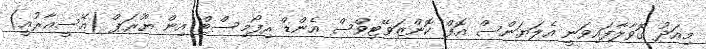
މިއަދު ގޮވާލާފައިވަނީ އެލަޔަންސް އޮފް ކޮންޒަވޭޓިވްސް އެންޑް ރިފޯމިސްޓް އިން ޔޫރަޕް (އޭސީއާރުއީ)